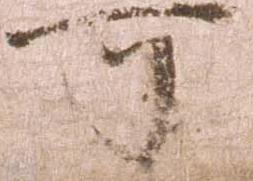
可